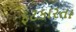
ફટકારતા